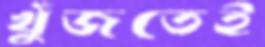
খুঁজতেই